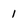
Character: 1